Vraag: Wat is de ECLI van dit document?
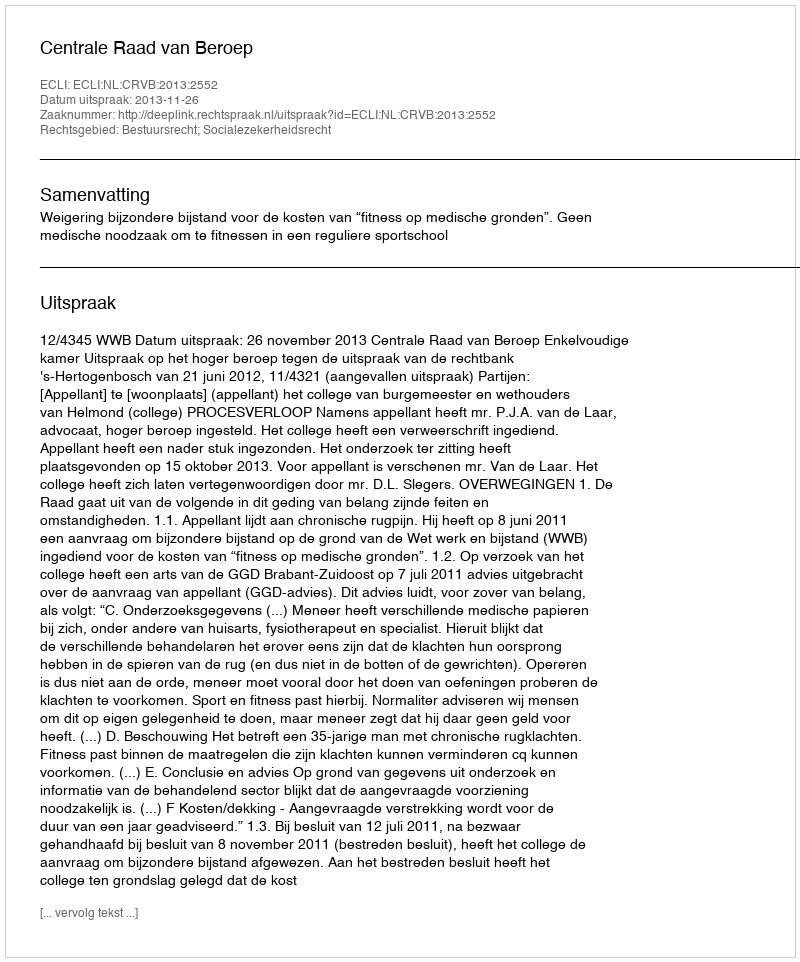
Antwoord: ECLI:NL:CRVB:2013:2552